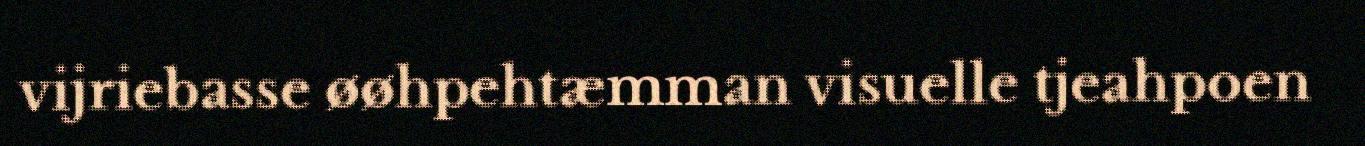
vijriebasse øøhpehtæmman visuelle tjeahpoen